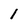
Character: l